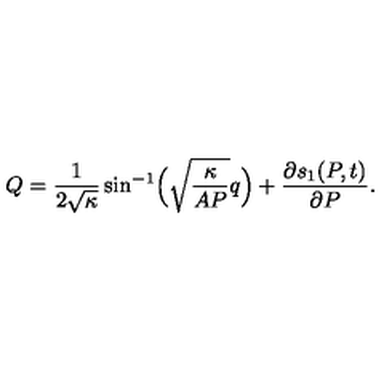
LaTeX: Q = \frac { 1 } { 2 \sqrt { \kappa } } \sin ^ { - 1 } \Bigl ( \sqrt { \frac { \kappa } { A P } } q \Bigr ) + \frac { \partial s _ { 1 } ( P , t ) } { \partial P } .